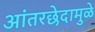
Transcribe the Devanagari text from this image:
आंतरछेदामुळे